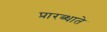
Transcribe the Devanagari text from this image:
प्रारब्धाते